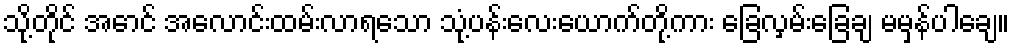
သို့တိုင် အောင် အလောင်းထမ်းလာရသော သုံ့ပန်းလေးယောက်တို့ကား ခြေလှမ်းခြေချ မမှန်ပါချေ။